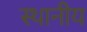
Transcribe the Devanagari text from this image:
स्थानीय